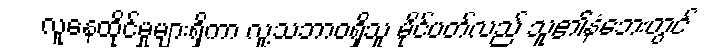
လူနေထိုင်မှုများရှိကာ လူ့သဘာဝရှိသူ မိုင်ပတ်လည် သူ၏နံဘေးတွင်